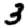
Digit: 3